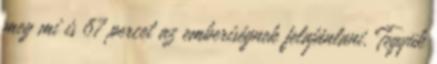
meg mi is 67 percet az emberiségnek felajánlani. Tegyük